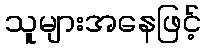
သူများအနေဖြင့်